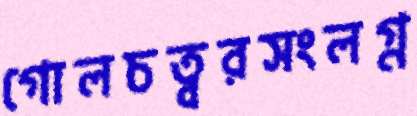
গোলচত্বরসংলগ্ন